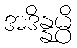
အဒိန္နမ္ပိ